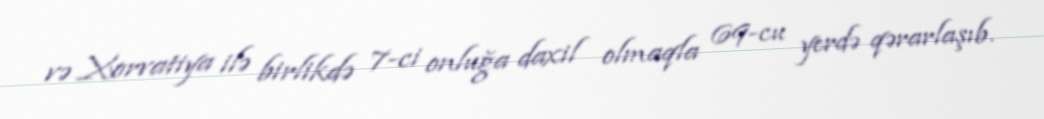
və Xorvatiya ilə birlikdə 7-ci onluğa daxil olmaqla 69-cu yerdə qərarlaşıb.